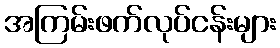
အကြမ်းဖက်လုပ်ငန်းများ